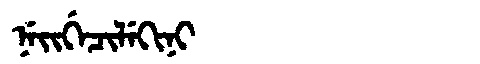
Manchu: ᠨᡝᡳᡤᡝᠴᡳᠯᡝᡴᡳᠨᡳ
Romanization: NEIGECILEKINI